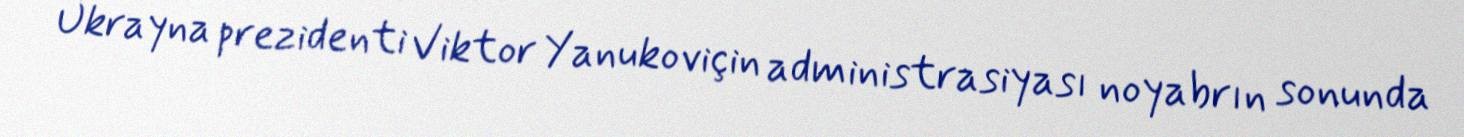
Ukrayna prezidenti Viktor Yanukoviçin administrasiyası noyabrın sonunda